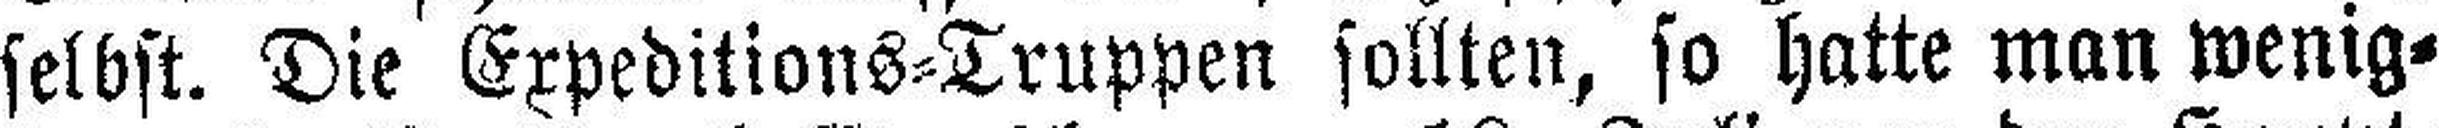
selbst. Die Expeditions=Truppen sollten, so hatte man wenig¬